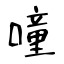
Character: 噇